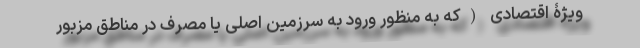
ویژۀ اقتصادی (که به منظور ورود به سرزمین اصلی یا مصرف در مناطق مزبور